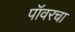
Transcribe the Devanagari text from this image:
पॉवरचा